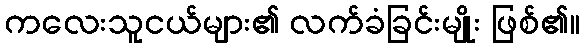
ကလေးသူငယ်များ၏ လက်ခံခြင်းမျိုး ဖြစ်၏။